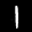
Label: 1